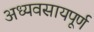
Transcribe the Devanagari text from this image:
अध्यवसायपूर्ण